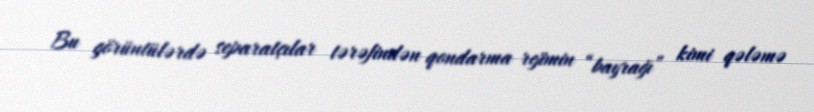
Bu görüntülərdə separatçılar tərəfindən qondarma rejimin “bayrağı” kimi qələmə